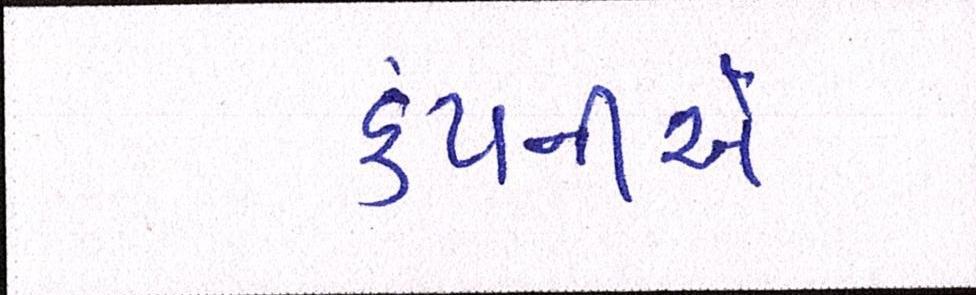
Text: કંપનીએ